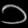
Digit: ၁